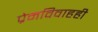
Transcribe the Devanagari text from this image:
प्रेमविवाहही